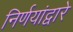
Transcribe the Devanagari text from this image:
निर्णयांद्वारे